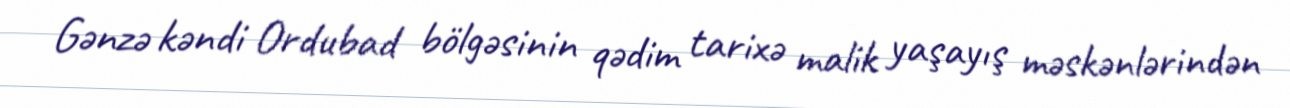
Gənzə kəndi Ordubad bölgəsinin qədim tarixə malik yaşayış məskənlərindən